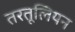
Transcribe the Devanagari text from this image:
तरतूलियन